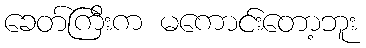
ခေတ်ကြီးက မကောင်းတော့ဘူး